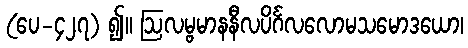
(ပေ-၄၂၇) ၍။ ဩလမ္ဗမာနနီလပိင်္ဂလလောမသမောဒယော၊